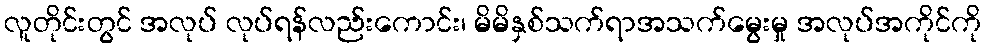
လူတိုင်းတွင် အလုပ် လုပ်ရန်လည်းကောင်း၊ မိမိနှစ်သက်ရာအသက်မွေးမှု အလုပ်အကိုင်ကို